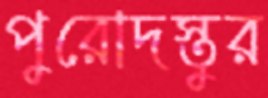
পুরোদস্তুর